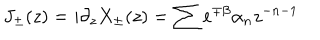
LaTeX: J _ { \pm } ( z ) = i \partial _ { z } X _ { \pm } ( z ) = \sum e ^ { \mp \beta } \alpha _ { n } z ^ { - n - 1 }